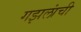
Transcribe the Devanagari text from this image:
गझलांची